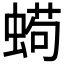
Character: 𱿵